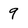
Character: 9